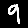
Digit: 9